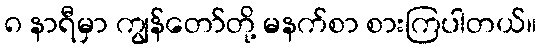
၈ နာရီမှာ ကျွန်တော်တို့ မနက်စာ စားကြပါတယ်။